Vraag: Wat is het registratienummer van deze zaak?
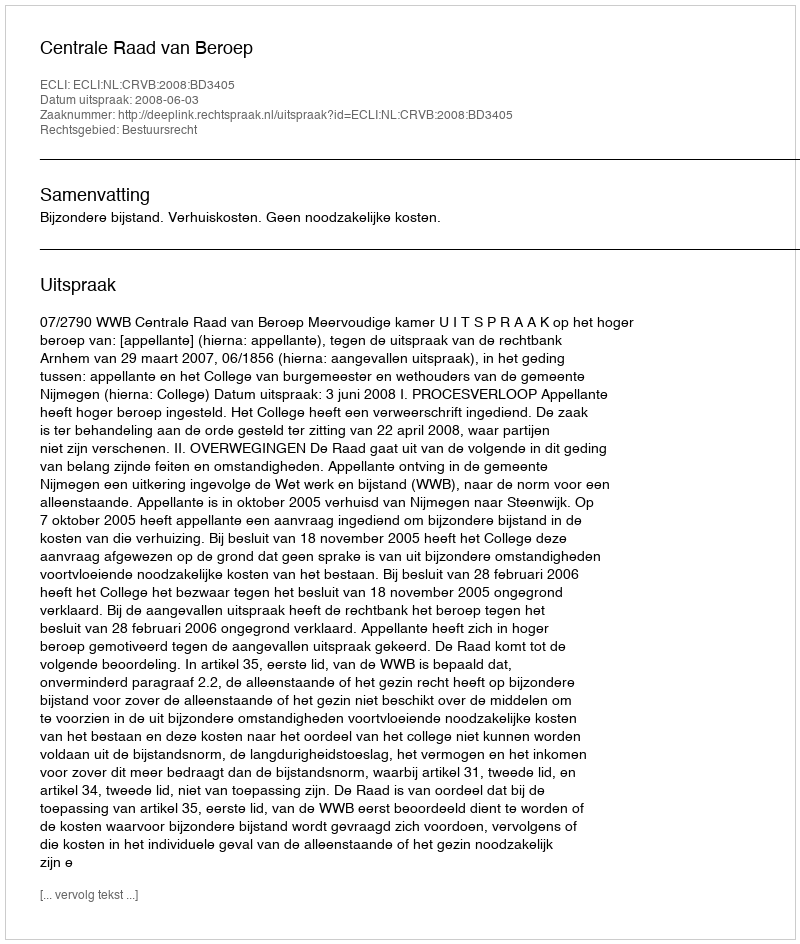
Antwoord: http://deeplink.rechtspraak.nl/uitspraak?id=ECLI:NL:CRVB:2008:BD3405